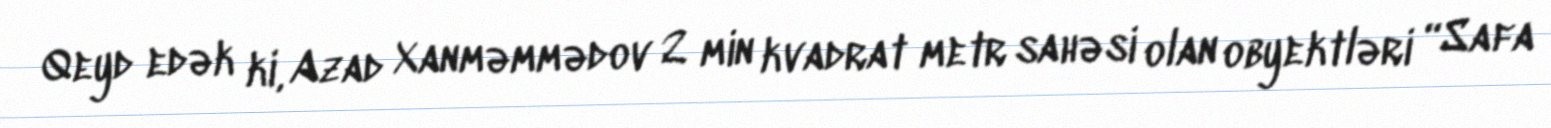
Qeyd edək ki, Azad Xanməmmədov 2 min kvadrat metr sahəsi olan obyektləri “Safa